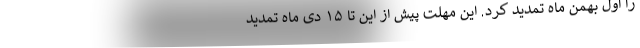
را اول بهمن ماه تمدید کرد. این مهلت پیش از این تا ۱۵ دی ماه تمدید